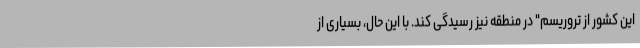
این کشور از تروریسم" در منطقه نیز رسیدگی کند. با این حال، بسیاری از